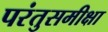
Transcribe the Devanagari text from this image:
परंतुसमीक्षा